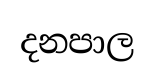
දනපාල